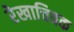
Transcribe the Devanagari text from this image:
रेखाचित्रक